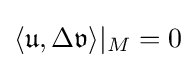
\langle {\mathfrak {u}},\Delta {\mathfrak {v}}\rangle |_{M}=0